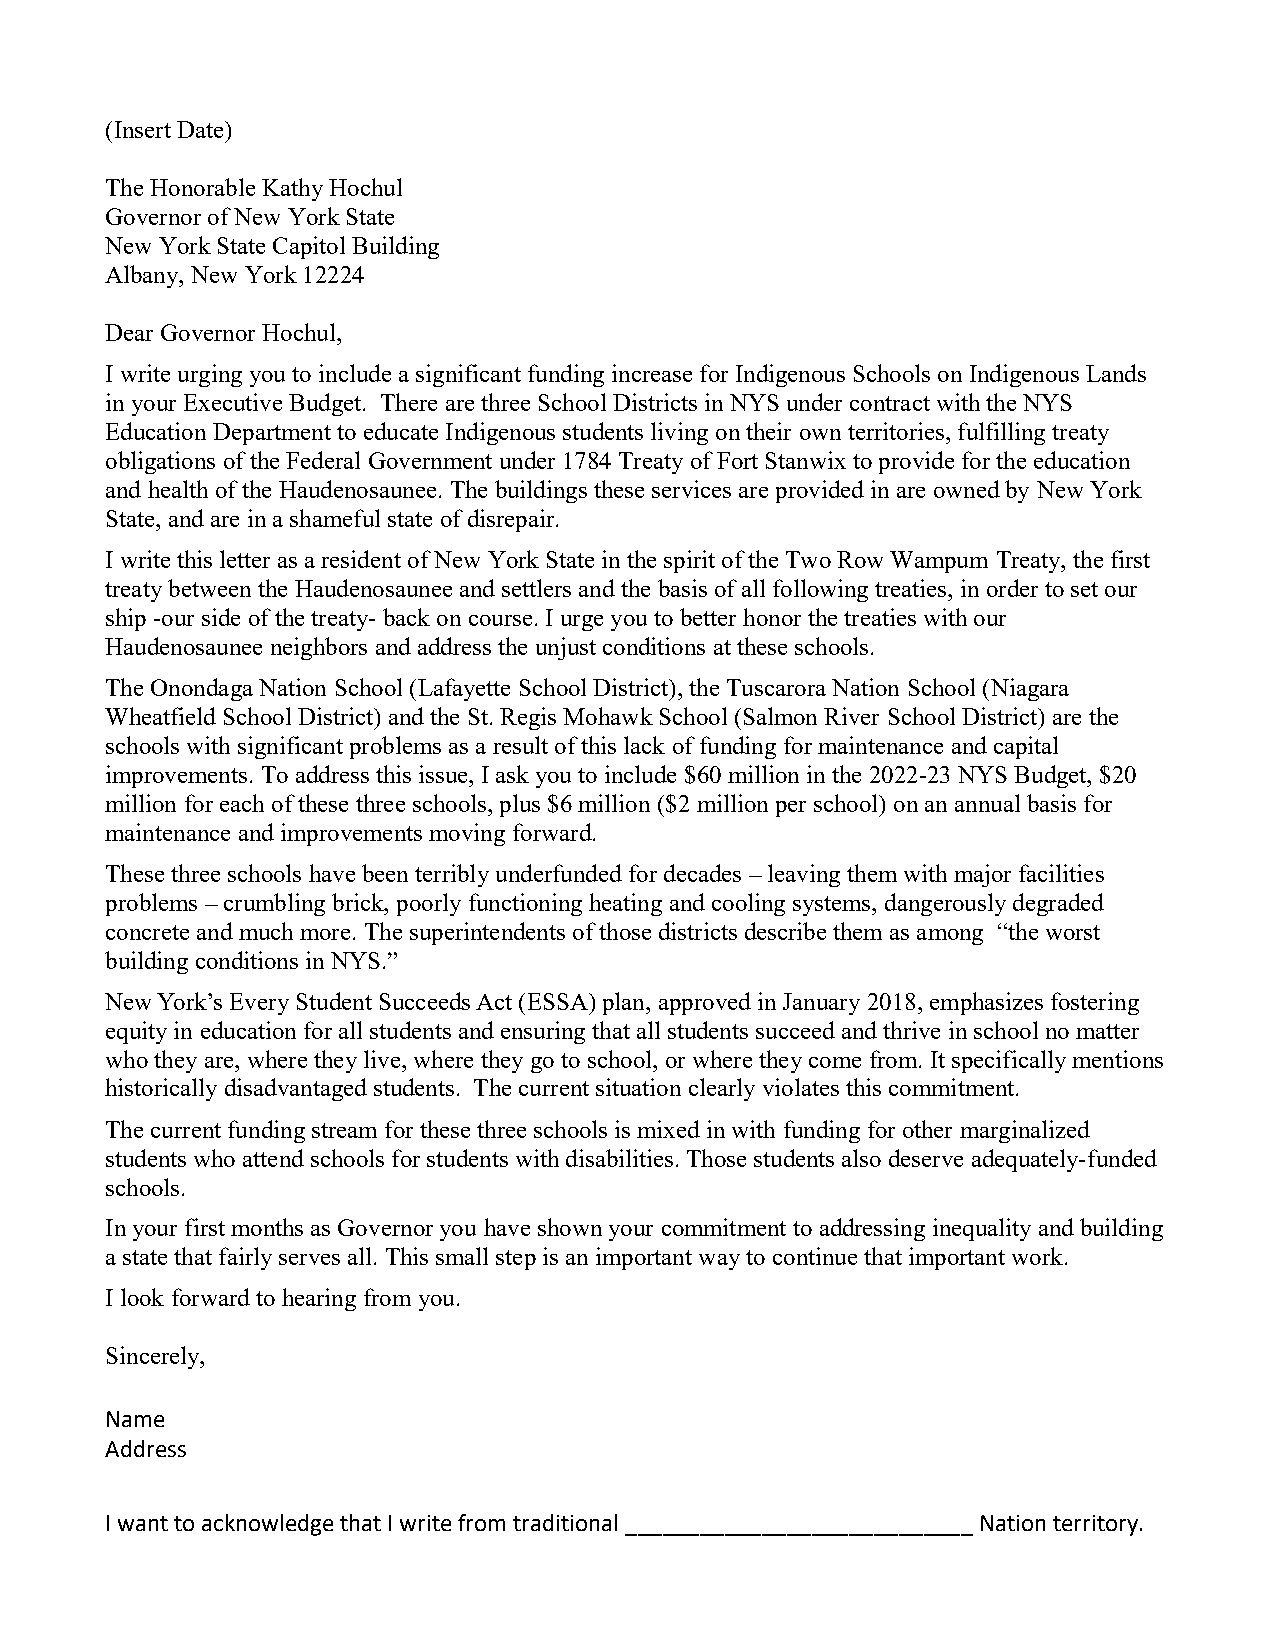
(Insert Date)
 The Honorable Kathy Hochul
 Governor of New York State
 New York State Capitol Building
 Albany, New York 12224
 Dear Governor Hochul,
 I write urging you to include a significant funding increase for Indigenous Schools on Indigenous Lands
 in your Executive Budget. There are three School Districts in NYS under contract with the NYS
 Education Department to educate Indigenous students living on their own territories, fulfilling treaty
 obligations of the Federal Government under 1784 Treaty of Fort Stanwix to provide for the education
 and health of the Haudenosaunee. The buildings these services are provided in are owned by New York
 State, and are in a shameful state of disrepair.
 I write this letter as a resident of New York State in the spirit of the Two Row Wampum Treaty, the first
 treaty between the Haudenosaunee and settlers and the basis of all following treaties, in order to set our
 ship -our side of the treaty- back on course. I urge you to better honor the treaties with our
 Haudenosaunee neighbors and address the unjust conditions at these schools.
 The Onondaga Nation School (Lafayette School District), the Tuscarora Nation School (Niagara
 Wheatfield School District) and the St. Regis Mohawk School (Salmon River School District) are the
 schools with significant problems as a result of this lack of funding for maintenance and capital
 improvements. To address this issue, I ask you to include $60 million in the 2022-23 NYS Budget, $20
 million for each of these three schools, plus $6 million ($2 million per school) on an annual basis for
 maintenance and improvements moving forward.
 These three schools have been terribly underfunded for decades – leaving them with major facilities
 problems – crumbling brick, poorly functioning heating and cooling systems, dangerously degraded
 concrete and much more. The superintendents of those districts describe them as among “the worst
 building conditions in NYS.”
 New York’s Every Student Succeeds Act (ESSA) plan, approved in January 2018, emphasizes fostering
 equity in education for all students and ensuring that all students succeed and thrive in school no matter
 who they are, where they live, where they go to school, or where they come from. It specifically mentions
 historically disadvantaged students. The current situation clearly violates this commitment.
 The current funding stream for these three schools is mixed in with funding for other marginalized
 students who attend schools for students with disabilities. Those students also deserve adequately-funded
 schools.
 In your first months as Governor you have shown your commitment to addressing inequality and building
 a state that fairly serves all. This small step is an important way to continue that important work.
 I look forward to hearing from you.
 Sincerely,
 Name
 Address
 I want to acknowledge that I write from traditional ____________________________ Nation territory.